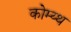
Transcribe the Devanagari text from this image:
कोम्य्थ